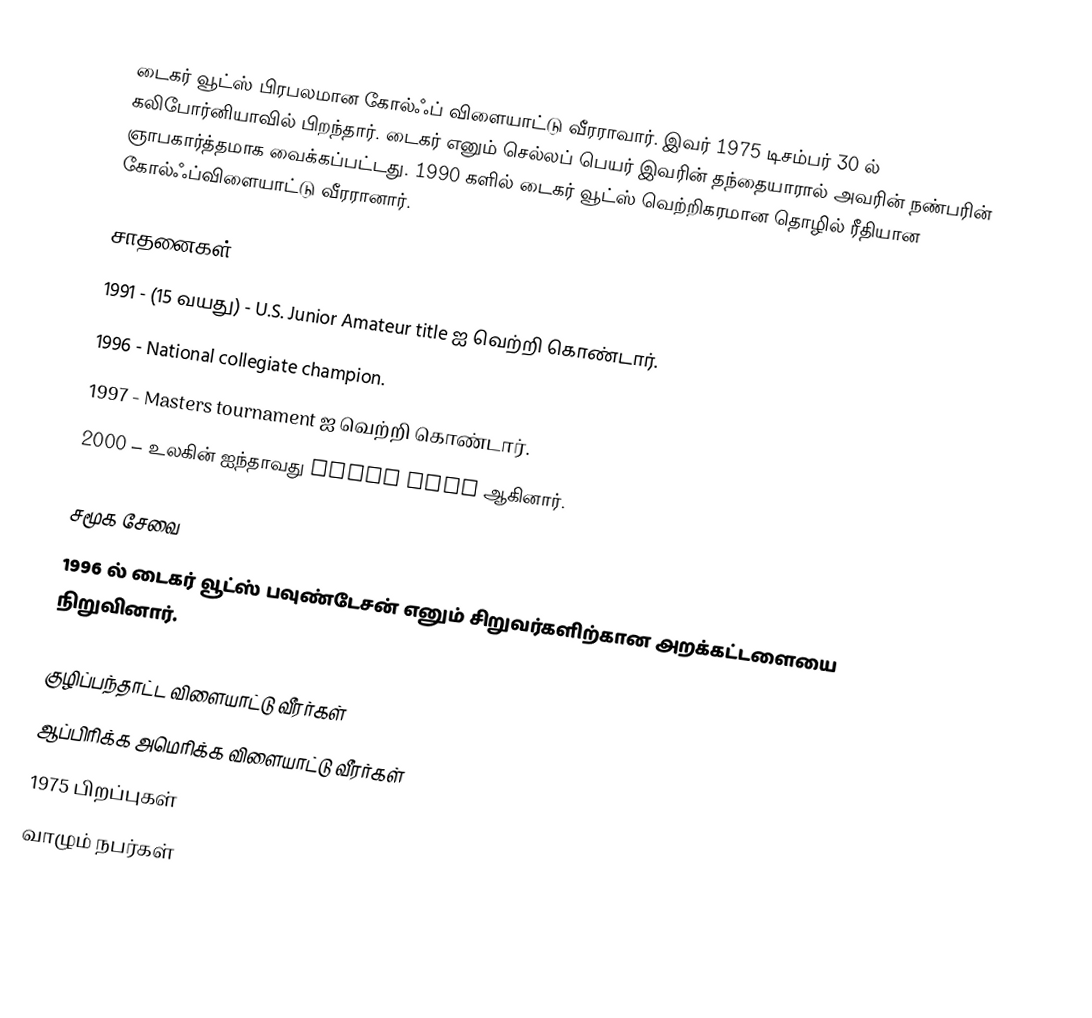
டைகர் வூட்ஸ் பிரபலமான கோல்ஃப் விளையாட்டு வீரராவார். இவர் 1975 டிசம்பர் 30 ல் கலிபோர்னியாவில் பிறந்தார். டைகர் எனும் செல்லப் பெயர் இவரின் தந்தையாரால் அவரின் நண்பரின் ஞாபகார்த்தமாக வைக்கப்பட்டது. 1990 களில் டைகர் வூட்ஸ் வெற்றிகரமான தொழில் ரீதியான கோல்ஃப்விளையாட்டு வீரரானார்.

சாதனைகள்
 1991 - (15 வயது) - U.S. Junior Amateur title ஐ வெற்றி கொண்டார்.
 1996 - National collegiate champion.
 1997 - Masters tournament ஐ வெற்றி கொண்டார்.
 2000 – உலகின் ஐந்தாவது Grand Slam ஆகினார்.

சமூக சேவை
1996 ல் டைகர் வூட்ஸ் பவுண்டேசன் எனும் சிறுவர்களிற்கான அறக்கட்டளையை நிறுவினார்.

குழிப்பந்தாட்ட விளையாட்டு வீரர்கள்
ஆப்பிரிக்க அமெரிக்க விளையாட்டு வீரர்கள்
1975 பிறப்புகள்
வாழும் நபர்கள்